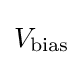
V_{\text{bias}}